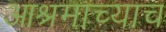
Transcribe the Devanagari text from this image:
आश्रमाच्याच